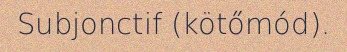
Subjonctif (kötőmód).